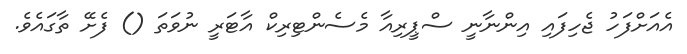
އެއަށްފަހު ޖެހިފައި އިންނާނީ ސްޕީރިއާ މެސެންޓިރިކް އާޓަރީ ނުވަތަ () ފެށޭ ތާގައެވެ.